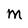
Character: M